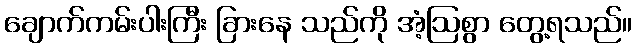
ချောက်ကမ်းပါးကြီး ခြားနေ သည်ကို အံ့ဩစွာ တွေ့ရသည်။